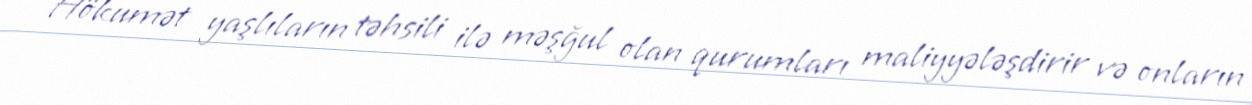
Hökumət yaşlıların təhsili ilə məşğul olan qurumları maliyyələşdirir və onların